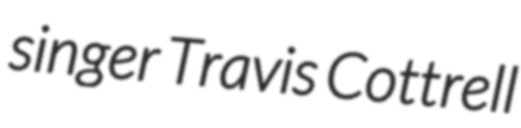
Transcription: singer Travis Cottrell